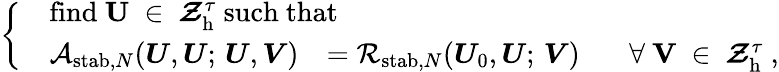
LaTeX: \left\{ \begin{array}{rl}&{\mathrm{find~\boldsymbol{U}~\in~\boldsymbol{\mathcal{Z}}_h^\tau~such~that}}\\ &{\begin{array}{rlr}{\mathcal{A}_{\mathrm{stab},N}(\boldsymbol{U},\boldsymbol{U};\, \boldsymbol{U},\boldsymbol{V})}&{={\mathcal{R}}_{\mathrm{stab},N}(\boldsymbol{U}_{0},\boldsymbol{U};\, \boldsymbol{V})\, \, \, }&{\mathrm{~\forall~\boldsymbol{V}~\in~\boldsymbol{\mathcal{Z}}_h^\tau~,}}\end{array}}\end{array}\right.